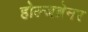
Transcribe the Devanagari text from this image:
होल्जब्रेनर